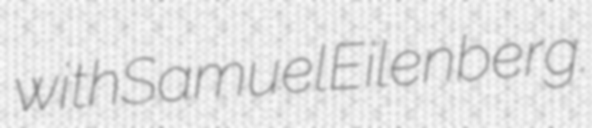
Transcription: with Samuel Eilenberg.